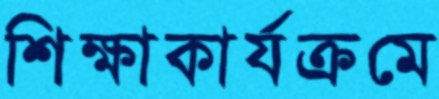
শিক্ষাকার্যক্রমে